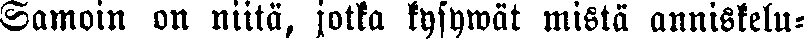
Samoin on niitä, jotta kysywät mistä anniskelu-